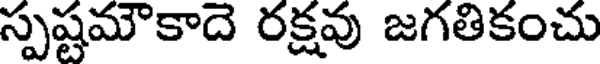
స్పష్టమౌకాదె రక్షవు జగతికంచు